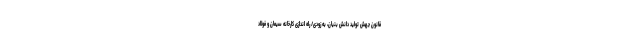
قانون جهش تولید دانش بنیان، به زودی/ راه اندازی کارخانه سیمان و فولاد